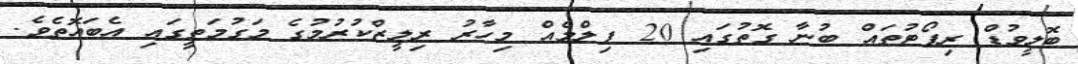
ބޮލީވުޑް ރިޕޯޓުތައް ބުނާ ގޮތުގައި 20 ފިލްމެއް މިހާރު ރިލީޒްކުރުމުގެ މަގުމަތީގައި އެބައޮތެވެ.